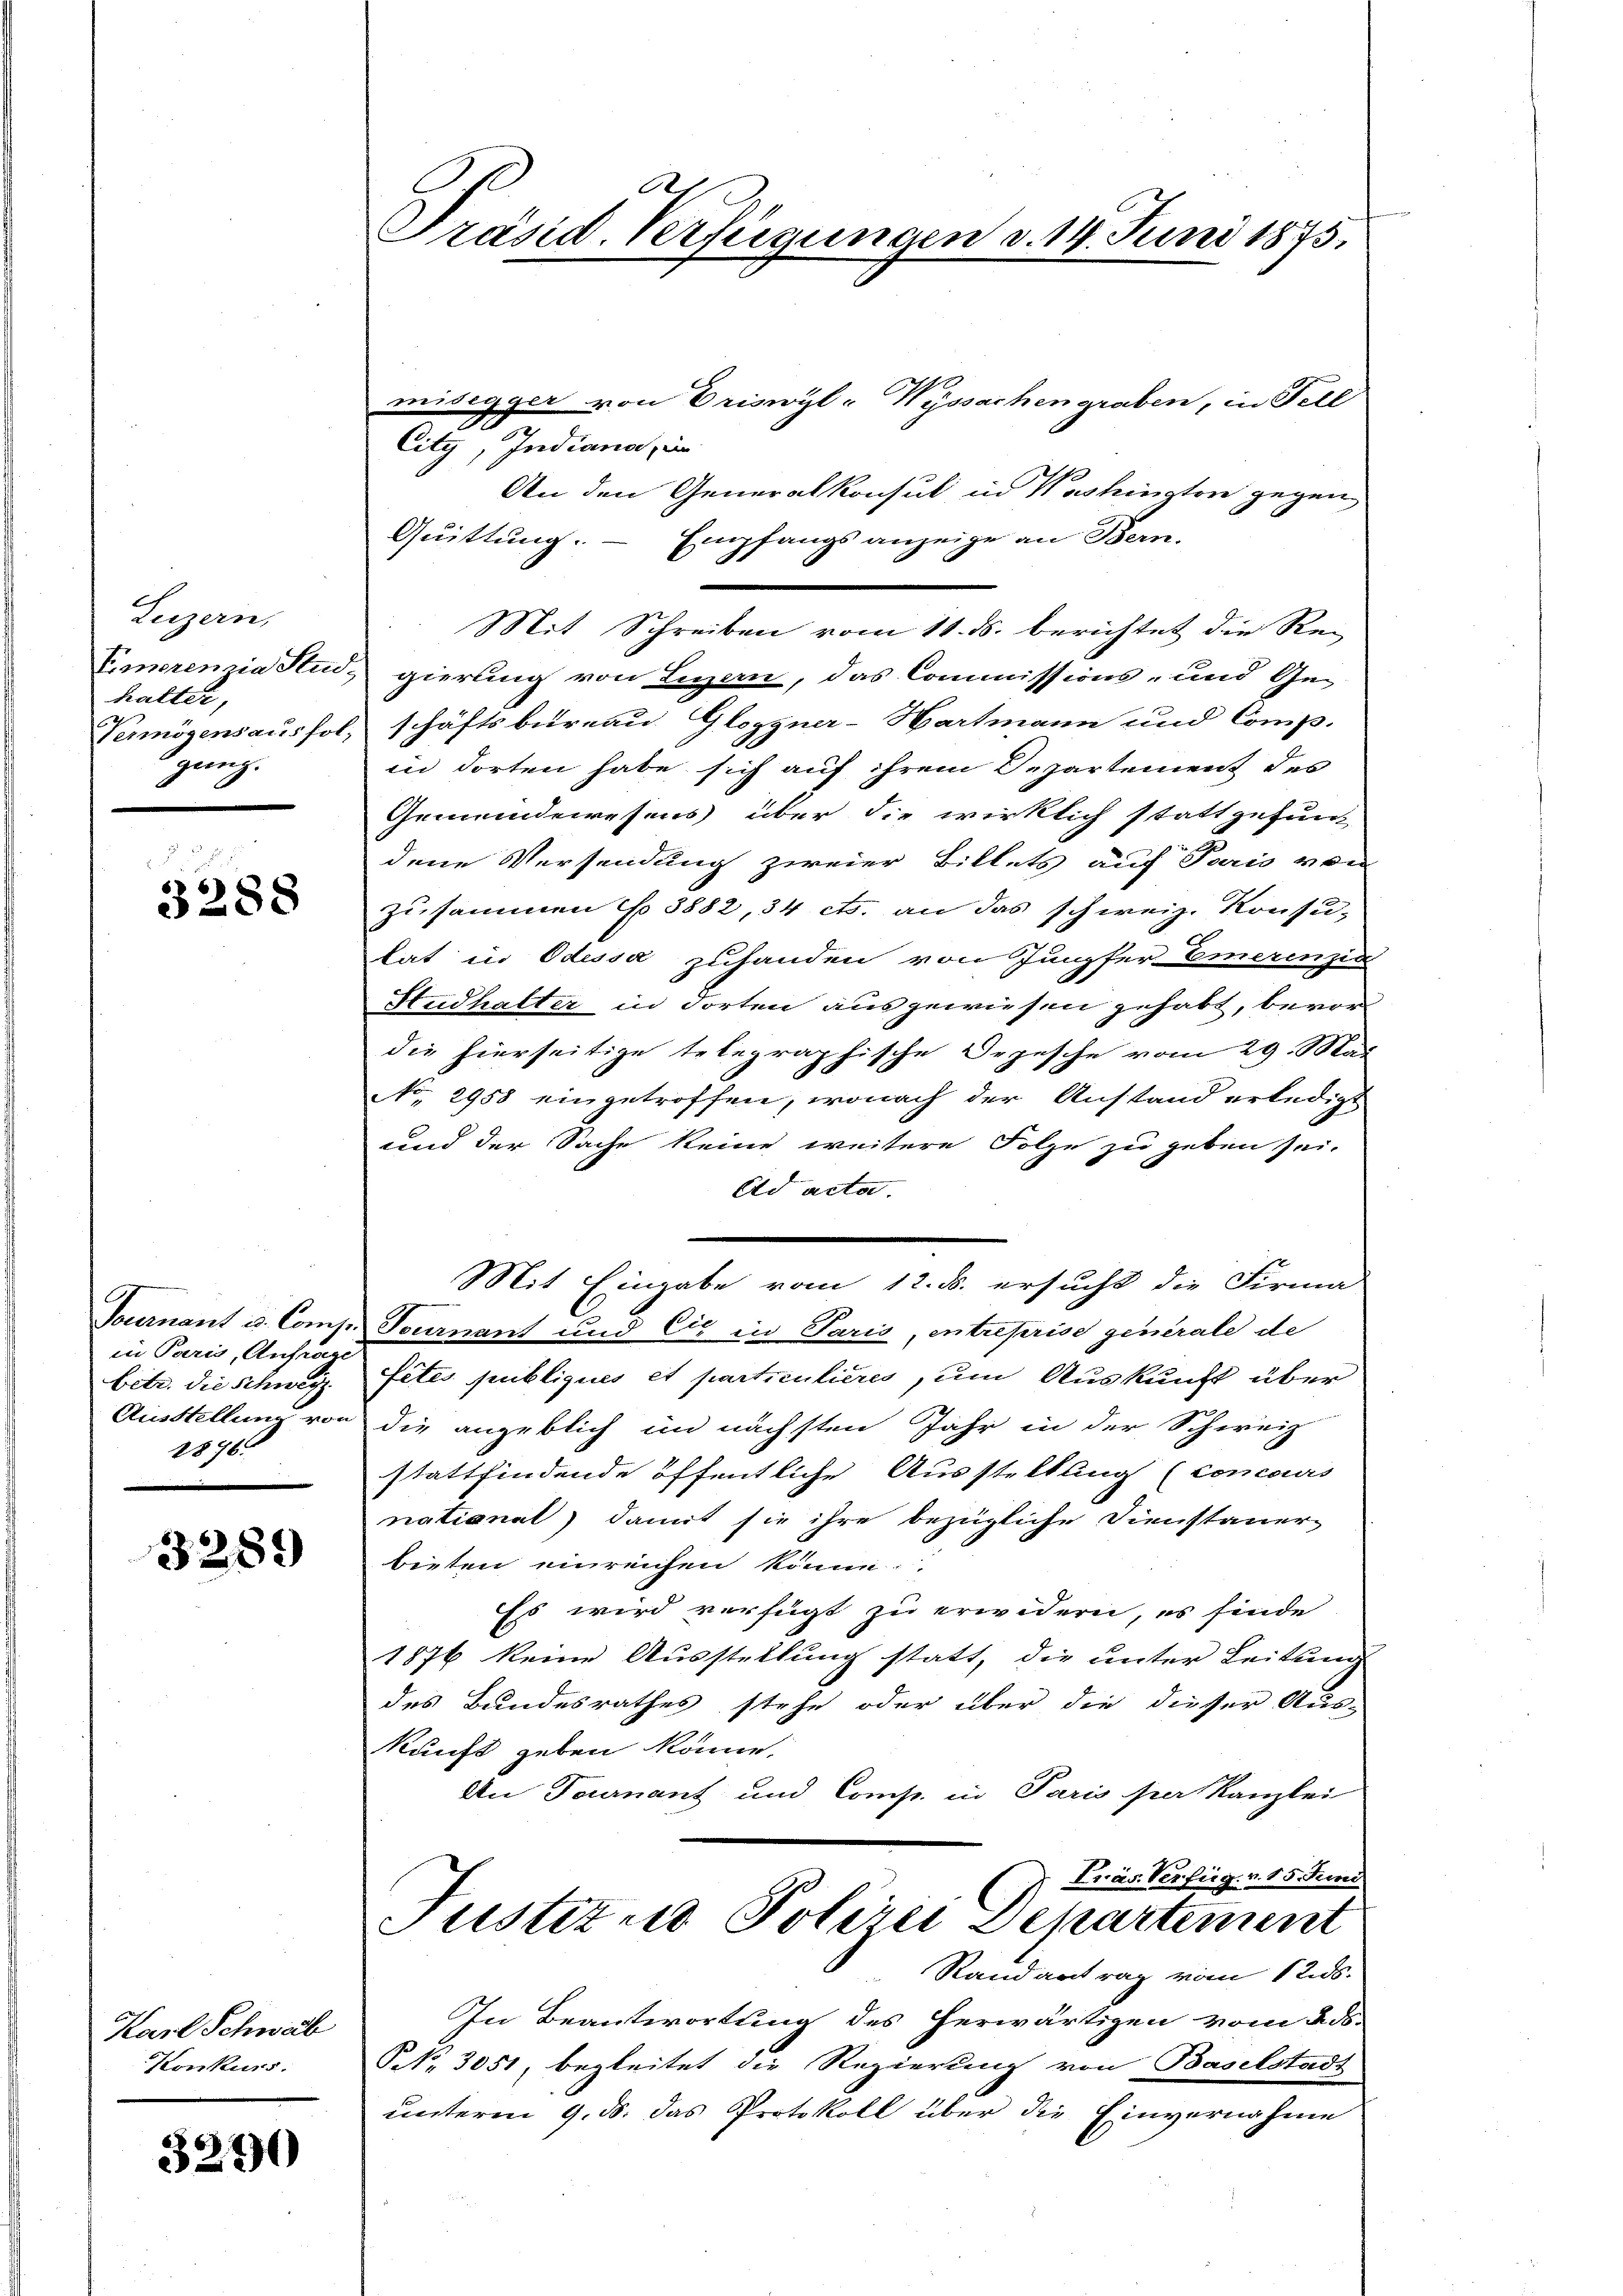
Luzern,
Eimerenzia Stud.
halter,
Vermögensausfol,
gang.

3288

Tournant u. Comp.
in Paris, Anfrage
betr. die Schweiz.
Ausstellung von
2876.

3289

Karl Schwab
Konkurs.

3240

Präsid. Verfügungen d. 14. Juni 1875.

misegger von Oriswyl-Wyssachengraben, in Fell
g
City, Indiana, in
An den Generalkonsul in Washingten gegen
Quittung.
Empfangs anzeige an Bern.
A
Mit Schreiben vom 11. ds. berichtet die Regierung von Luzern, das Commissions- und Ge-
schäftsbureau Gloggner-Hartmann und Comp.
in dorten habe sich auf ihrem Departement des
Gemeindewesens über die wirklich stattgefundene Versendung zweier Billets auf Paris von
zusammen No 3882, 34 cts. an das schweiz. Konsu-
tat in Odessa zuhanden von Jungfer-Emerenzin
Hudhalter in dorten ausgewiesen gehabt, bevor
die hierseitige telegraphische Depesche vom 29. Sta
NNo. 2958 eingetroffen, wonach der Anstand erledigt
und der Sache keine weitere Folge zu geben sei.
Ad acta.
Mit Eingabe vom 12. ds. ersucht die Firma
Fournant und Er in Paris, entreprise generale de
fetes publiques et particulières, um Auskunft über
die angeblich im nächsten Jahr in der Schweiz
stattfindende öffentliche Ausstellung (concours
national, damit sie ihre bezügliche Dienstauer-
bieten einreichen könne.
Es wird verfügt zu erwidern, es finde
1876 keine Ausstellung statt, die unter Leitung
des Bundesrathes stehe oder über die dieser Aus-
kunft geben könne.
An Tournant und Comp. in Paris per Kanzlei
J. Präs. Verfeig. v. 15. Juni
Justitus Polizei Dekartement
Rand antrag vom 12 ds.
In Beantwortung des herwärtigen vom 2. ds.
NNo. 3051, begleitet die Regierung von Baselstadt
unterm 9. ds. das Protokoll über die Einvernahme